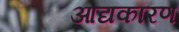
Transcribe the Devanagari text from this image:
आद्यकारण